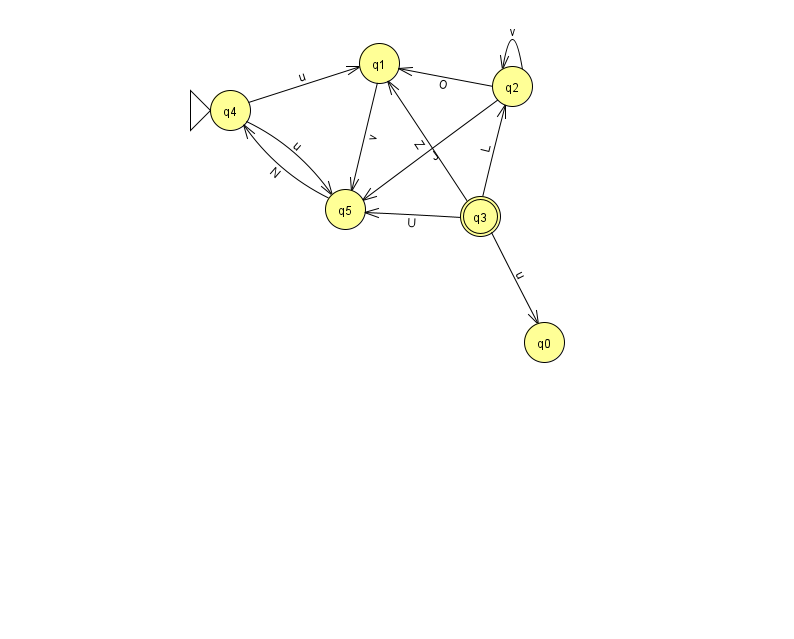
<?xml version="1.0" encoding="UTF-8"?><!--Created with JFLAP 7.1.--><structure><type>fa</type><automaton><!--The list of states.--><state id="0" name="q0"><x>544.0</x><y>329.0</y></state><state id="1" name="q1"><x>379.0</x><y>50.0</y></state><state id="2" name="q2"><x>512.0</x><y>73.0</y></state><state id="3" name="q3"><x>480.0</x><y>203.0</y><final/></state><state id="4" name="q4"><x>230.0</x><y>97.0</y><initial/></state><state id="5" name="q5"><x>345.0</x><y>196.0</y></state><!--The list of transitions.--><transition><from>1</from><to>5</to><read>v</read></transition><transition><from>3</from><to>2</to><read>L</read></transition><transition><from>5</from><to>4</to><read>N</read></transition><transition><from>2</from><to>2</to><read>v</read></transition><transition><from>3</from><to>1</to><read>Z</read></transition><transition><from>3</from><to>0</to><read>u</read></transition><transition><from>4</from><to>5</to><read>u</read></transition><transition><from>2</from><to>5</to><read>J</read></transition><transition><from>2</from><to>1</to><read>O</read></transition><transition><from>3</from><to>5</to><read>U</read></transition><transition><from>4</from><to>1</to><read>u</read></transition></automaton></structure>